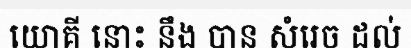
យោគី នោះ នឹង បាន សំរេច ដល់